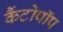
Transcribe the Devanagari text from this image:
कैंटोपॉप